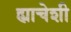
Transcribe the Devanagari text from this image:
ह्याचेशी